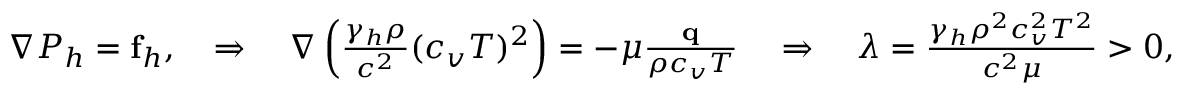
\begin{array} { r } { \nabla P _ { h } = \mathbf f _ { h } , \quad \Rightarrow \quad \nabla \left( \frac { \gamma _ { h } \rho } { c ^ { 2 } } ( c _ { v } T ) ^ { 2 } \right) = - \mu \frac { \mathbf q } { \rho c _ { v } T } \quad \Rightarrow \quad \lambda = \frac { \gamma _ { h } \rho ^ { 2 } c _ { v } ^ { 2 } T ^ { 2 } } { c ^ { 2 } \mu } > 0 , } \end{array}